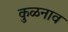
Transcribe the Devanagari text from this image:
कुळनाव